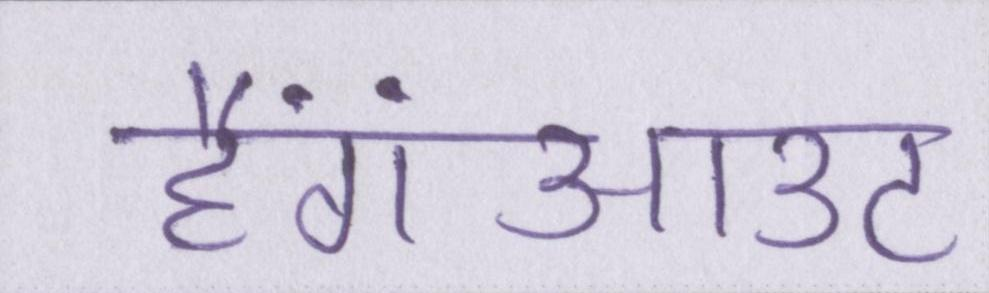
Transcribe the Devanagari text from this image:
हैंगआउट